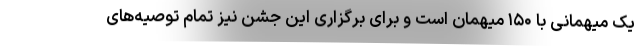
یک میهمانی با ۱۵۰ میهمان است و برای برگزاری این جشن نیز تمام توصیه‌های